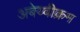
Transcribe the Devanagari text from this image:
अबेय्वीक्रम